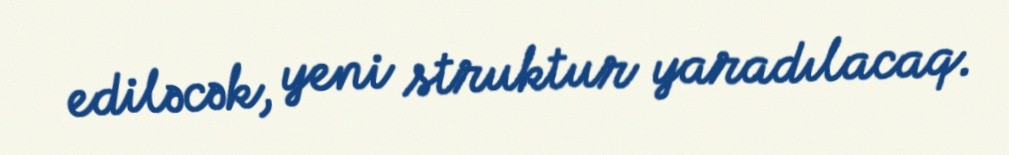
ediləcək, yeni struktur yaradılacaq.